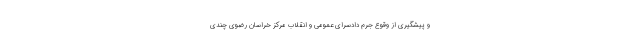
و پیشگیری از وقوع جرم دادسرای عمومی و انقلاب مرکز خراسان رضوی چندی